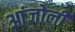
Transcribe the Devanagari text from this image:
आंजोली